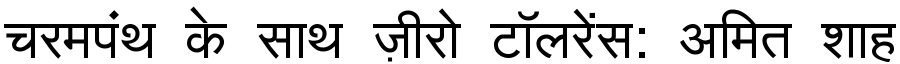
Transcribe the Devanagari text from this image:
चरमपंथ के साथ ज़ीरो टॉलरेंस: अमित शाह